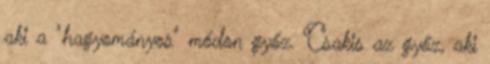
aki a "hagyományos" módon győz. Csakis az győz, aki